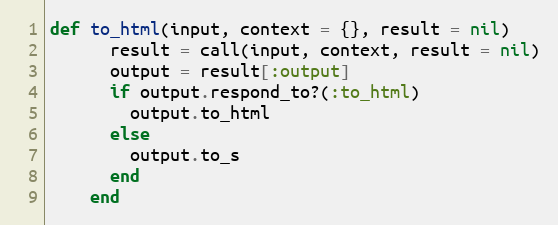
Language: Ruby
def to_html(input, context = {}, result = nil)
      result = call(input, context, result = nil)
      output = result[:output]
      if output.respond_to?(:to_html)
        output.to_html
      else
        output.to_s
      end
    end